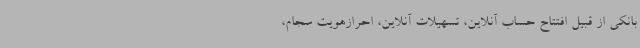
بانکی از قبیل افتتاح حساب آنلاین، تسهیلات آنلاین، احرازهویت سجام،